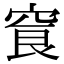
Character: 䆡